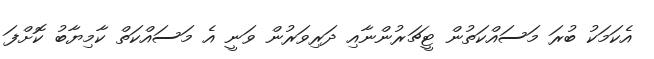
އެކަމަކު ބުރަ މަސައްކަތުން ޓީޗަރުންނާއި ދަރިވަރުން ވަނީ އެ މަސައްކަތް ކާމިޔާބު ކޮށްފަ